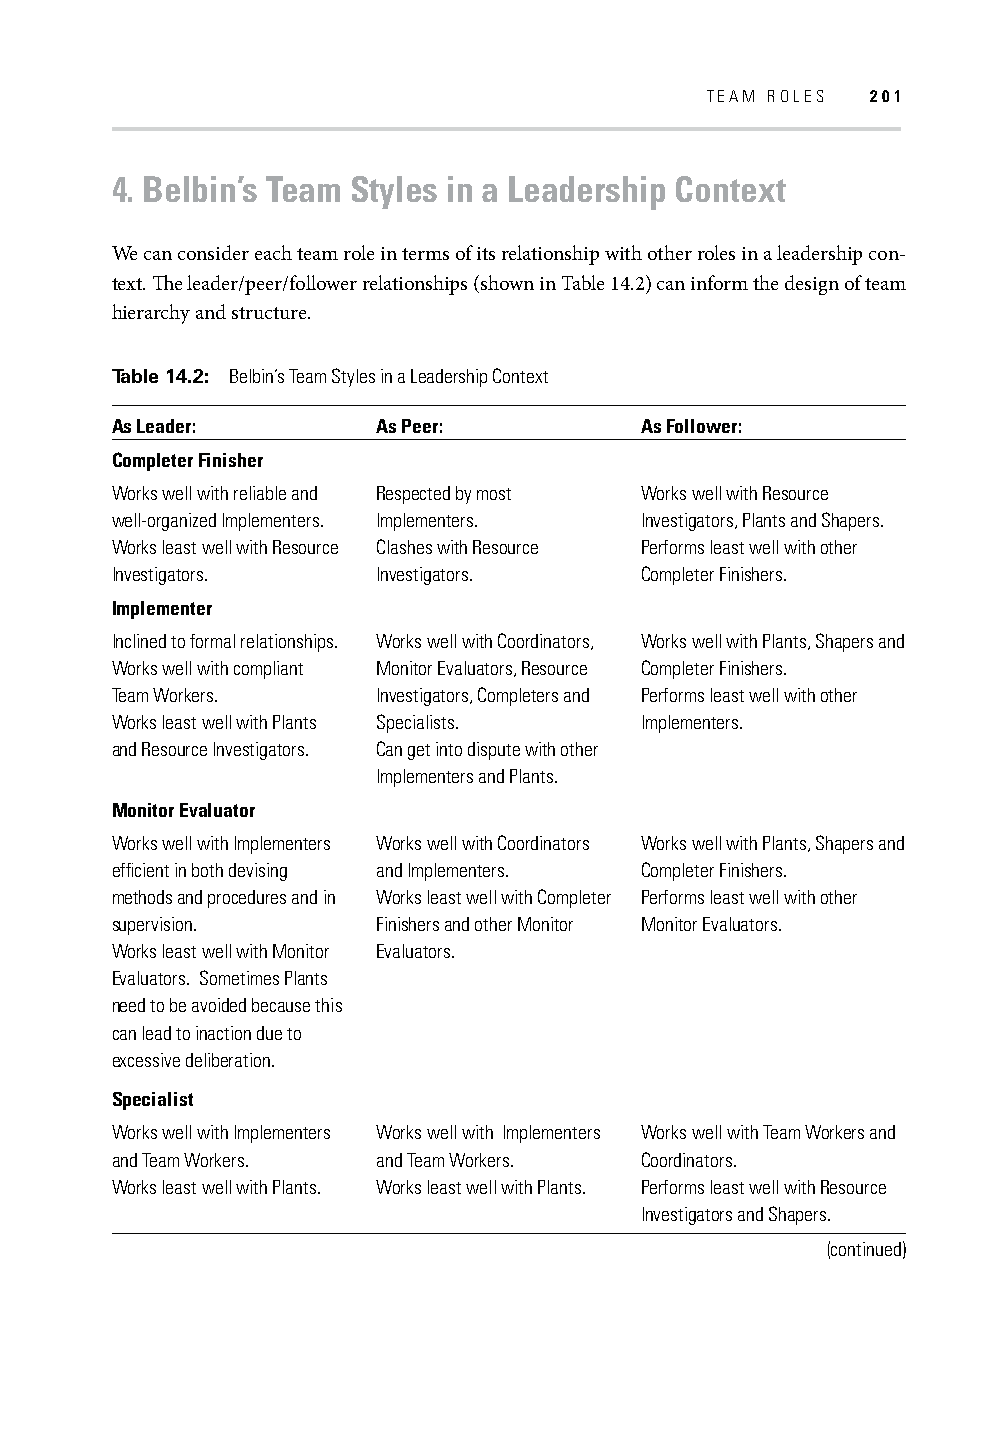
TEAM ROLES 201
 4. Belbin’s Team Styles in a Leadership Context
 We can consider each team role in terms of its relationship with other roles in a leadership con-
 text. Th e leader/peer/follower relationships (shown in Table 14.2) can inform the design of team
 hierarchy and structure.
 Table 14.2: Belbin’s Team Styles in a Leadership Context
 As Leader:        As Peer:         As Follower:
 Completer Finisher
 Works well with reliable and Respected by most Works well with Resource
 well-organized Implementers. Implementers. Investigators, Plants and Shapers.
 Works least well with Resource Clashes with Resource Performs least well with other
 Investigators.    Investigators.   Completer Finishers.
 Implementer
 Inclined to formal relationships. Works well with Coordinators, Works well with Plants, Shapers and
 Works well with compliant Monitor Evaluators, Resource Completer Finishers.
 Team Workers.     Investigators, Completers and Performs least well with other
 Works least well with Plants Specialists. Implementers.
 and Resource Investigators. Can get into dispute with other
 Implementers and Plants.
 Monitor Evaluator
 Works well with Implementers Works well with Coordinators Works well with Plants, Shapers and
 effi cient in both devising and Implementers. Completer Finishers.
 methods and procedures and in Works least well with Completer Performs least well with other
 supervision.      Finishers and other Monitor Monitor Evaluators.
 Works least well with Monitor Evaluators.
 Evaluators. Sometimes Plants
 need to be avoided because this
 can lead to inaction due to
 excessive deliberation.
 Specialist
 Works well with Implementers Works well with Implementers Works well with Team Workers and
 and Team Workers. and Team Workers. Coordinators.
 Works least well with Plants. Works least well with Plants. Performs least well with Resource
 Investigators and Shapers.
 (continued)